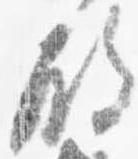
殿